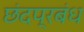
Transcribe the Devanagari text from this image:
छंदप्रबंध